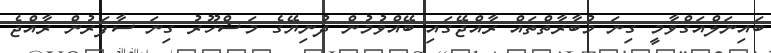
ބައިނަލްއަގްވާމީ ގިނަ މުބާރާތްތައް ރާއްޖޭގައި ބޭއްވުމުން ދުނިޔޭގެ މަޝްހޫރު ގިނަ ސާފަރުން ރާއްޖެ